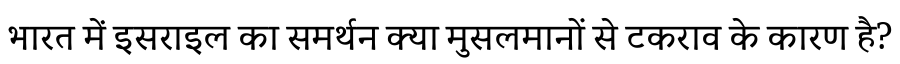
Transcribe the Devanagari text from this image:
भारत में इसराइल का समर्थन क्या मुसलमानों से टकराव के कारण है?